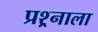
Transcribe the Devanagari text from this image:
प्रश्र्नाला